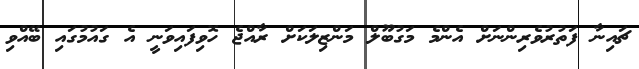
ޗައިނާ ފަތުރުވެރިންނަށް އެންމެ މަގުބޫލް މަންޒިލަކަށް ރާއްޖެ ހޮވިފައިވަނީ އެ ގައުމުގައި ބޭއްވި